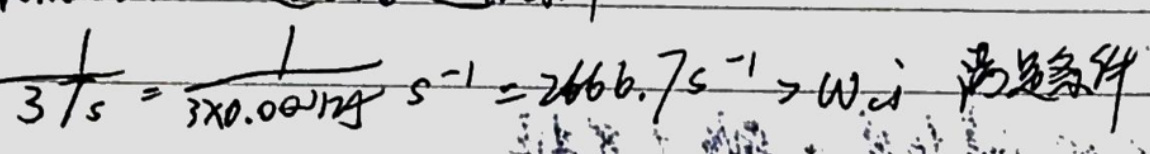
$\frac{1}{3T_s}=\frac{1}{3\times0.000125}\ s^{-1}=2666.7\ s^{-1}>\omega_{ci}\  $满足条件